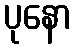
ပုနော